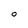
Character: O